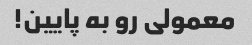
معمولی رو به پایین!